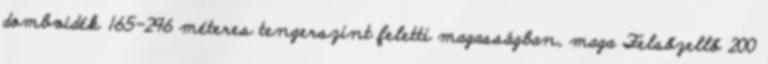
dombvidék 165-296 méteres tengerszint feletti magasságban, maga Felsőzellő 200